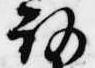
路